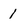
Character: 1